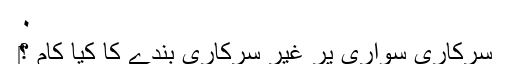
٠
‎سرکاری سواری پر غیر سرکاری بندے کا کیا کام ؟